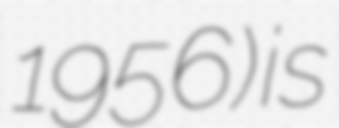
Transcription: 1956) is